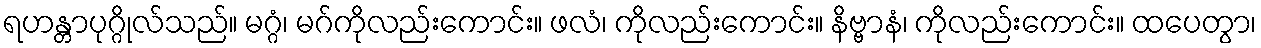
ရဟန္တာပုဂ္ဂိုလ်သည်။ မဂ္ဂံ၊ မဂ်ကိုလည်းကောင်း။ ဖလံ၊ ကိုလည်းကောင်း။ နိဗ္ဗာနံ၊ ကိုလည်းကောင်း။ ထပေတွာ၊